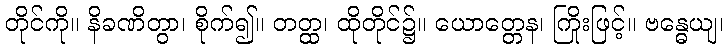
တိုင်ကို။ နိခဏိတွာ၊ စိုက်၍။ တတ္ထ၊ ထိုတိုင်၌။ ယောတ္တေန၊ ကြိုးဖြင့်။ ဗန္ဓေယျ၊